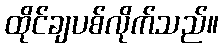
ထိုင်ချပစ်လိုက်သည်။